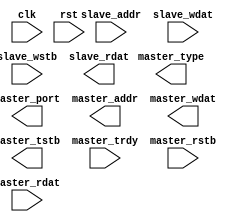
module fric_client_xactor
  (
   clk,
   rst,
   
   slave_addr,
   slave_wdat,
   slave_wstb,
   slave_rdat,

   master_type,
   master_port,
   master_addr,
   master_wdat,
   master_tstb,
   master_trdy,
   
   master_rstb,
   master_rdat

   );

   input           clk;
   input 	   rst;
   input [7:0] 	   slave_addr;
   input [15:0]    slave_wdat;
   input 	   slave_wstb;
   output [15:0]   slave_rdat;
   output [3:0]    master_type;
   output [3:0]    master_port;
   output [7:0]    master_addr;
   output [15:0]   master_wdat;
   output 	   master_tstb;
   input 	   master_trdy;
   input 	   master_rstb;
   input [15:0]    master_rdat;

   wire [7:0] 	   slave_addr_i;
   wire [15:0] 	   slave_wdat_i;
   wire 	   slave_wstb_i;
   wire 	   master_trdy_i;
   wire 	   master_rstb_i;
   wire [15:0] 	   master_rdat_i;
   
   assign #1 	   slave_addr_i = slave_addr;
   assign #1 	   slave_wdat_i = slave_wdat;
   assign #1 	   slave_wstb_i = slave_wstb;
   assign #1 	   master_trdy_i = master_trdy;
   assign #1 	   master_rstb_i = master_rstb;
   assign #1 	   master_rdat_i = master_rdat;
   
   reg [15:0] 	   slave_rdat_o;
   reg [3:0] 	   master_type_o;
   reg [3:0] 	   master_port_o;
   reg [7:0] 	   master_addr_o;
   reg [15:0] 	   master_wdat_o;
   reg 		   master_tstb_o;

   assign #1 	   slave_rdat = slave_rdat_o;
   assign #1 	   master_type = master_type_o;
   assign #1 	   master_port = master_port_o;
   assign #1 	   master_addr = master_addr_o;
   assign #1 	   master_wdat = master_wdat_o;
   assign #1 	   master_tstb = master_tstb_o;

   

endmodule